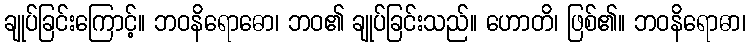
ချုပ်ခြင်းကြောင့်။ ဘဝနိရောဓော၊ ဘဝ၏ ချုပ်ခြင်းသည်။ ဟောတိ၊ ဖြစ်၏။ ဘဝနိရောဓာ၊